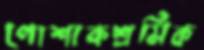
পোশাকশ্রমিক